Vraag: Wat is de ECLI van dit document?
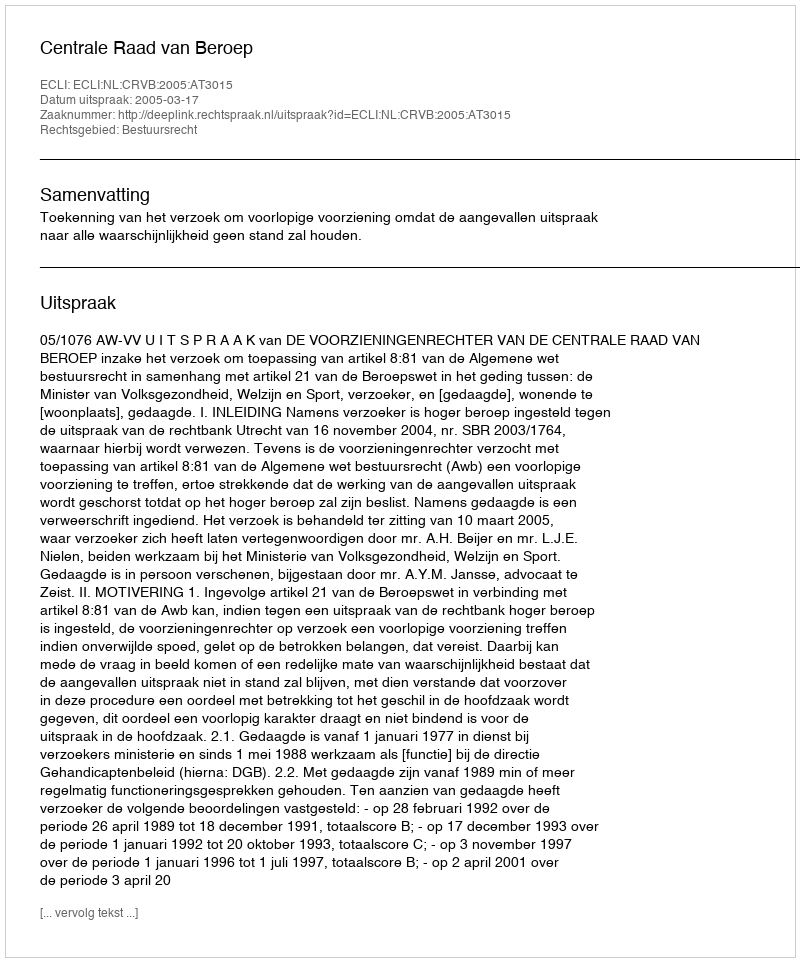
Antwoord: ECLI:NL:CRVB:2005:AT3015